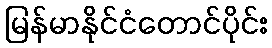
မြန်မာနိုင်ငံတောင်ပိုင်း